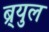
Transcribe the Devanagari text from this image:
ब्र्युल